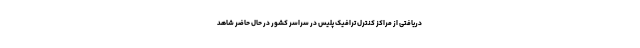
دریافتی از مراکز کنترل ترافیک پلیس در سراسر کشور در حال حاضر شاهد